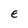
Character: E